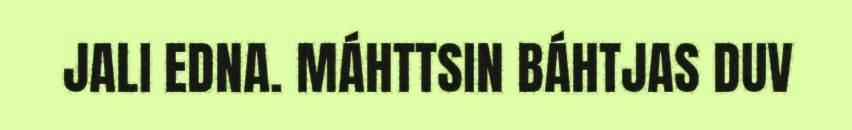
JALI EDNA. MÁHTTSIN BÁHTJAS DUV